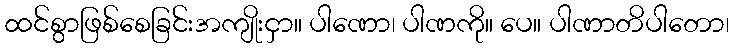
ထင်စွာဖြစ်စေခြင်းအကျိုးငှာ။ ပါဏော၊ ပါဏကို။ ပေ။ ပါဏာတိပါတော၊